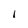
Character: I